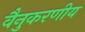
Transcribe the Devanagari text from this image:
वैनुकरणीय